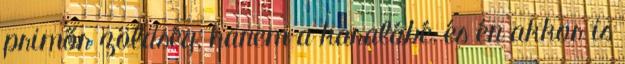
primőr zöldség, hanem a karalábé, és én akkor is